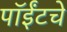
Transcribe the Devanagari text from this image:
पॉईंटचे